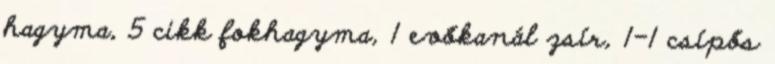
hagyma, 5 cikk fokhagyma, 1 evőkanál zsír, 1-1 csípős